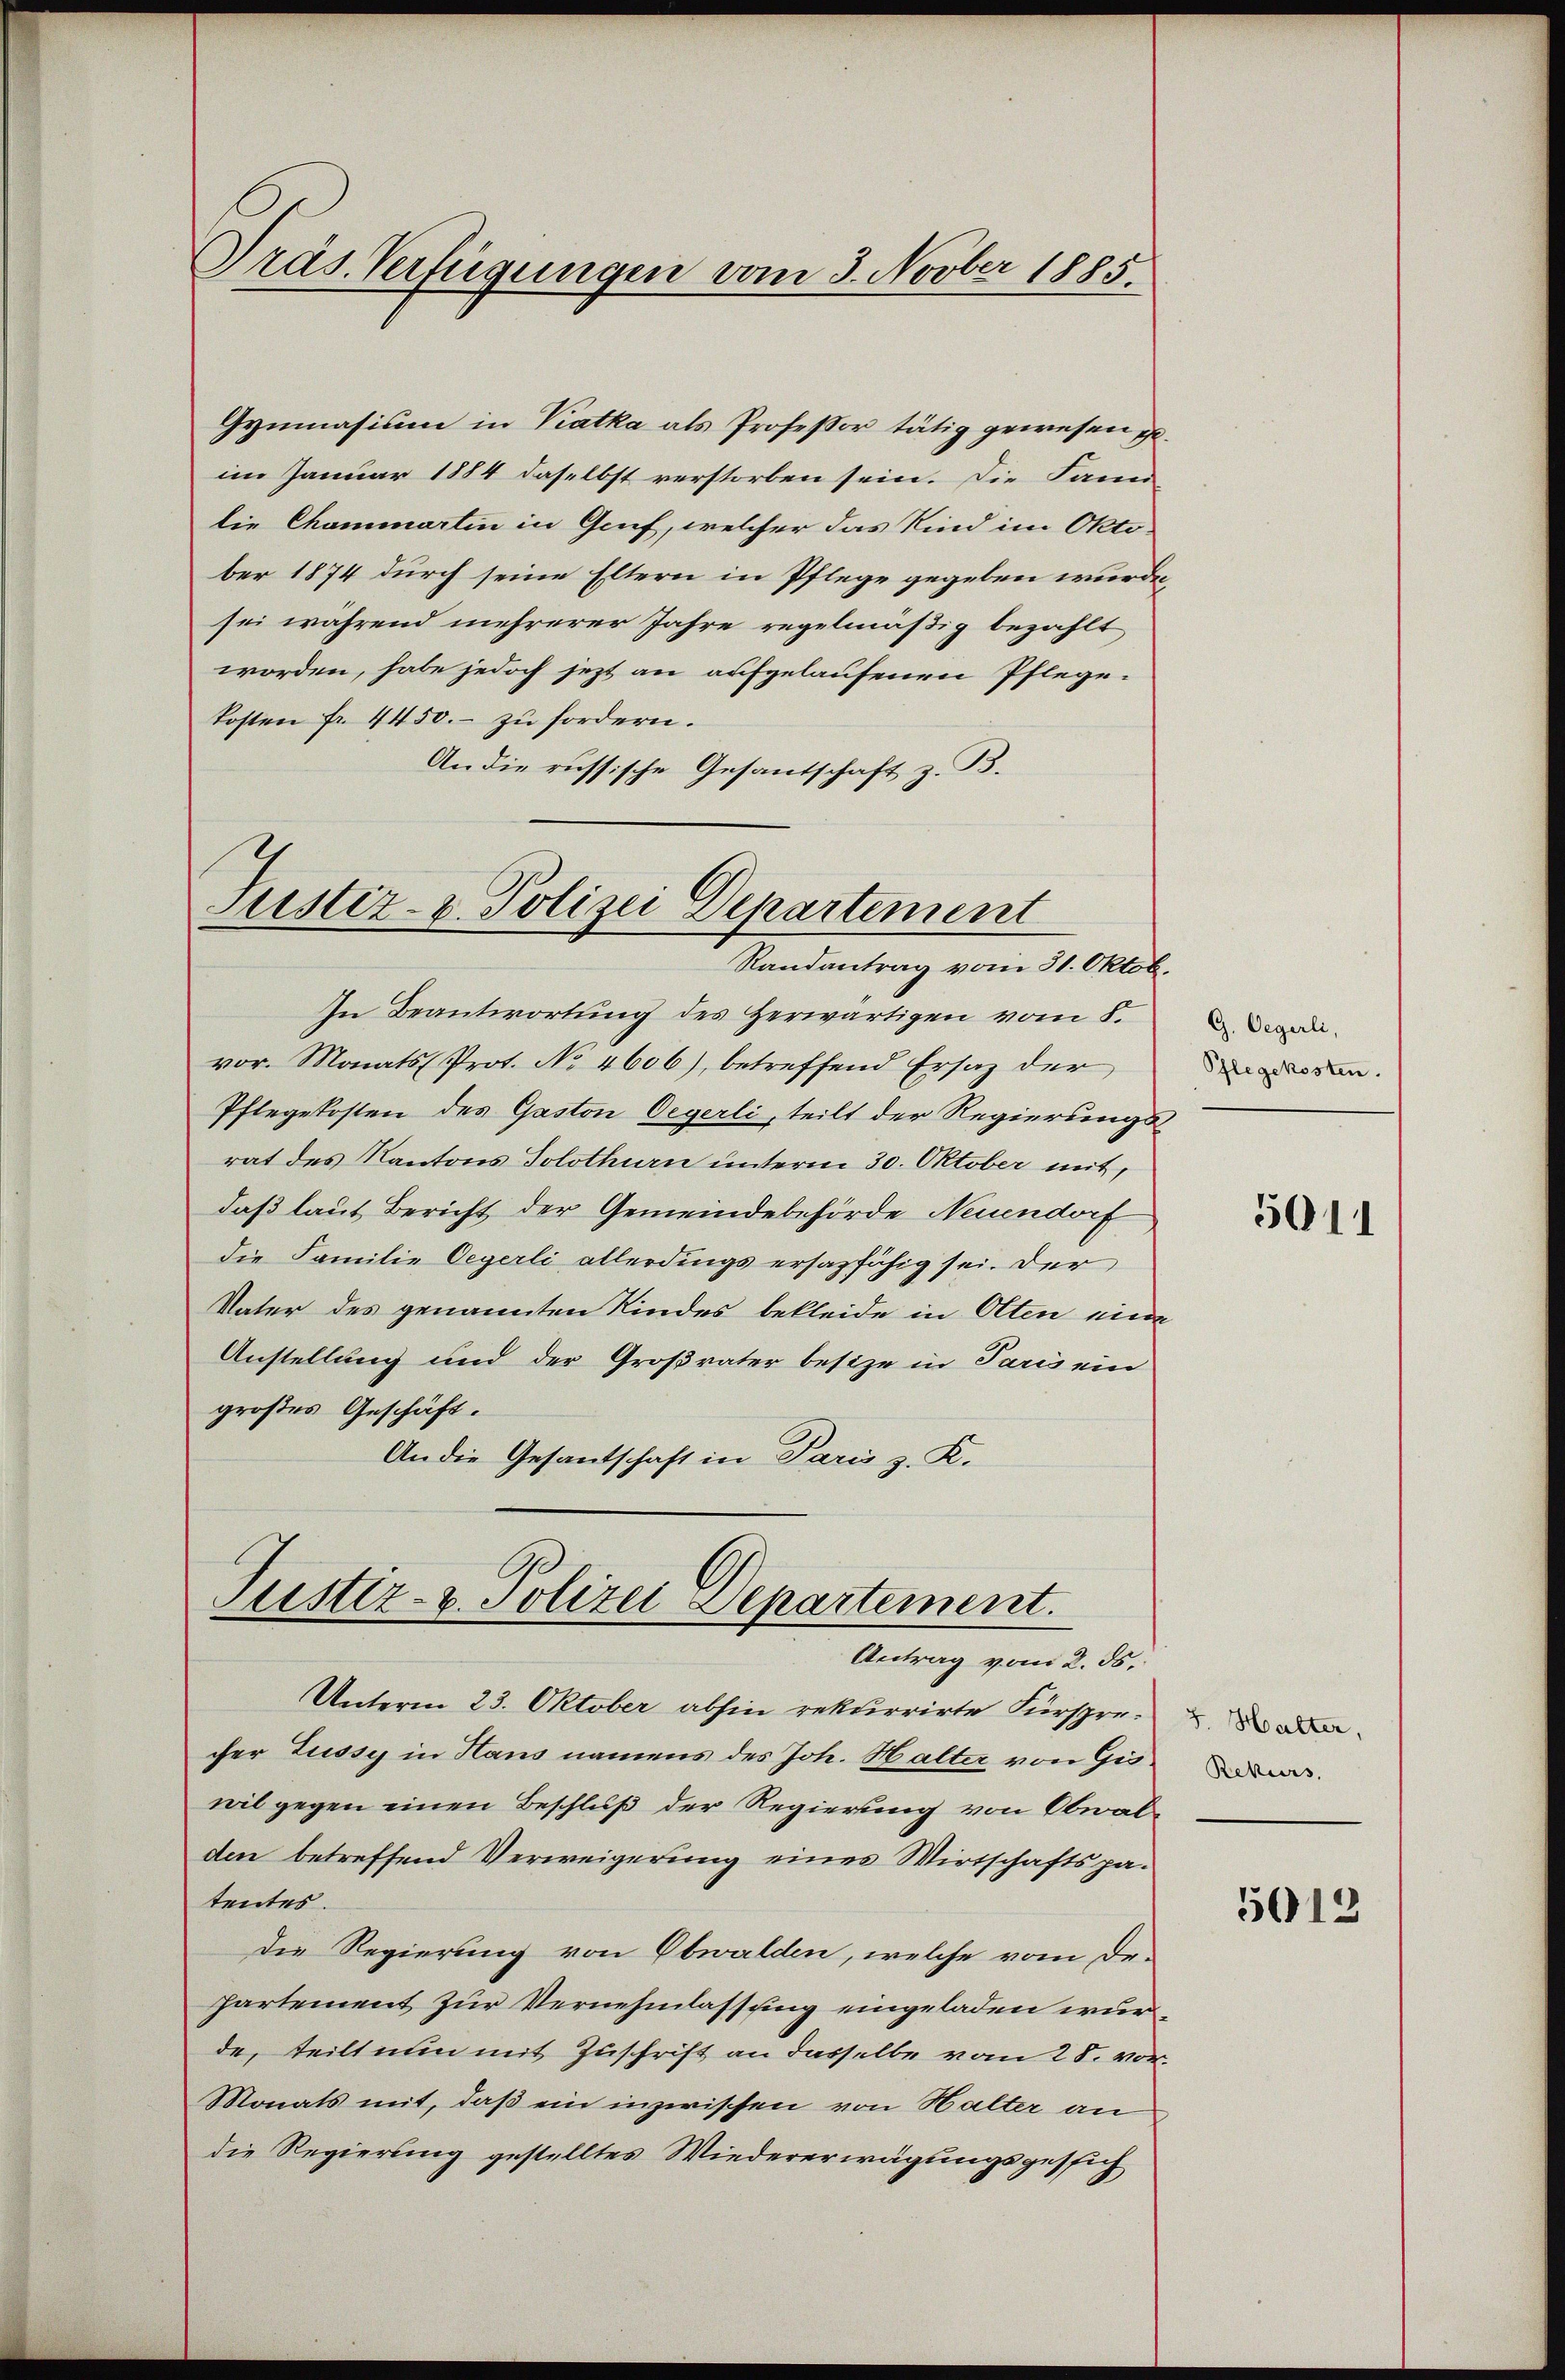
Gymnasium in Katha als Professor tätig gewesen geim Januar 1884 daselbst verstorben sein. Die Fami-
die Chammartin in Gruf, welcher das Kind im Oktober 1874 durch seine Eltern in Pflege gegeben würde,
sei während mehrerer Jahre regelmäßig bezahlt
worden, habe jedoch jezt an aufgelaufenen Pflegekosten fr. 4450. zu fordern.
An die russische Gesandschaft z. B.

Präs. Verfügungen vom 3. Novber 1885.

Justiz- & Polizei Departement
Randantrag vom 31. Oktob.

In Beantwortung des Herwärtigen vom 8.
vor. Monats Prot. No 4606), betreffend Ersatz der
Pflegekosten des Gaston Oegerli, teilt der Regierungsrat des Kantons Solothurn unterm 30. Oktober mit,
daß laut Bericht der Gemeindebehörde Neuendorf
die Familie Oegerli allerdings ersazfähig sei. Der
Vater des genannten Kindes bekleide in Olten eine
Anstellung und der Großvater besize in Paris ein
großes Geschäft.
An die Gesantschaft in Paris z. K.

Justiz- & Polizei Departement.
Antrag vom 2. ds.

Unterm 23. Oktober abhin rekurrirte Fürsprecher Zussy in Haus namens des Joh. Halter von Gis.
wil gegen einen Beschluß der Regierung von Obwalden betreffend Verweigerung eines Wirtschaftspatentes.
Die Regierung von Obwalden, welche vom De¬
Partement zur Vernehmlassung eingeladen wurd
de, teilt nun mit Zuschrift an dasselbe vom 28. vor.
Monats mit, daß ein inzwischen von Halter an
die Regierung gestelltes Wiedererwägungsgestich

G. Oegerli,
Pflegekosten.

5011

5. Halter,
Rekurs.

5012